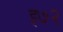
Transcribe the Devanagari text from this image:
इ७२